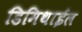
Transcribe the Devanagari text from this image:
डिमिथाईल